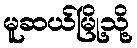
မူဆယ်မြို့သို့